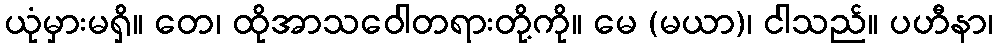
ယုံမှားမရှိ။ တေ၊ ထိုအာသဝေါတရားတို့ကို။ မေ (မယာ)၊ ငါသည်။ ပဟီနာ၊